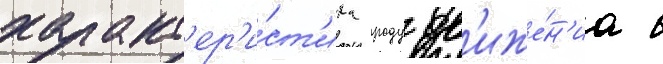
характ'ер'и́ст'ика роду дв'иже́н'иа в